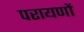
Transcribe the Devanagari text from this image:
परायणों